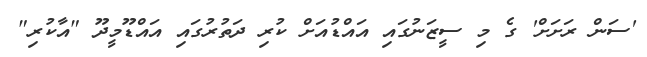
'ސަން ރަށަށް' ގެ މި ސީޒަނުގައި އައްޑުއަށް ކުރި ދަތުރުގައި އައްޑޫމީދޫ "އާކުރި"